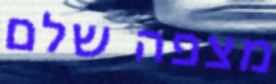
מצפה שלם